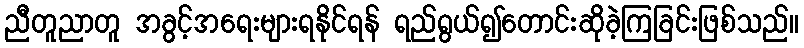
ညီတူညာတူ အခွင့်အရေးများရနိုင်ရန် ရည်ရွယ်၍တောင်းဆိုခဲ့ကြခြင်းဖြစ်သည်။